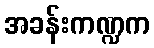
အခန်းကဏ္ဍက